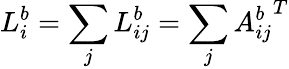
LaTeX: L_{i}^{b}=\sum_{j}L_{ij}^{b}=\sum_{j}{A_{ij}^{b}}^{T}